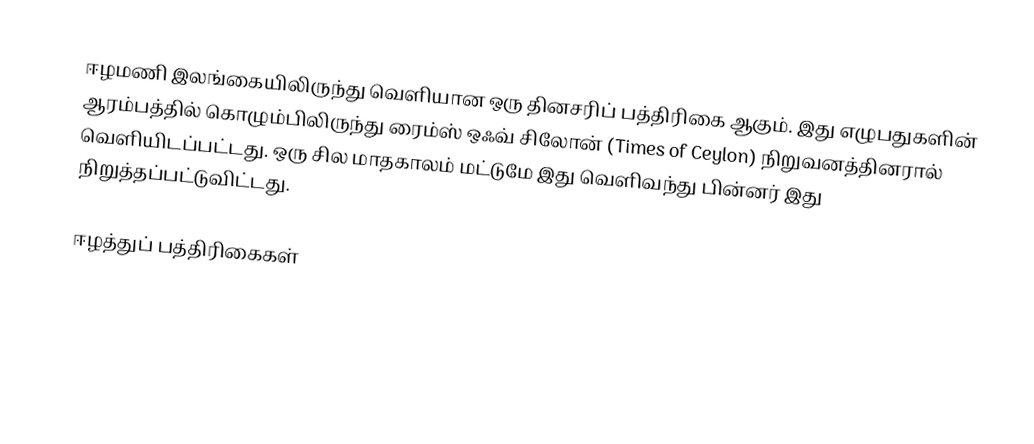
ஈழமணி இலங்கையிலிருந்து வெளியான ஒரு தினசரிப் பத்திரிகை ஆகும். இது எழுபதுகளின் ஆரம்பத்தில் கொழும்பிலிருந்து ரைம்ஸ் ஒஃவ் சிலோன் (Times of Ceylon) நிறுவனத்தினரால் வெளியிடப்பட்டது. ஒரு சில மாதகாலம் மட்டுமே இது வெளிவந்து பின்னர் இது நிறுத்தப்பட்டுவிட்டது.

ஈழத்துப் பத்திரிகைகள்